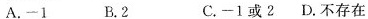
A.~1 B.2 C.-1或2 D.不存在